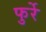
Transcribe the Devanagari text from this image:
फुर्रे